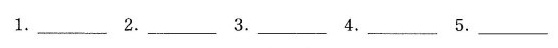
1.___ 2.___ 3.___ 4.___ 5.___